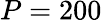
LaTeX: P=200